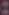
: